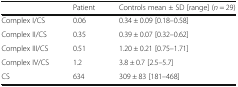
<table><thead><tr><td></td><td><b>Patient</b></td><td><b>Controls mean ± SD [range] (<i>n</i> = 29)</b></td></tr></thead><tbody><tr><td>Complex I/CS</td><td>0.06</td><td>0.34 ± 0.09 [0.18–0.58]</td></tr><tr><td>Complex II/CS</td><td>0.35</td><td>0.39 ± 0.07 [0.32–0.62]</td></tr><tr><td>Complex III/CS</td><td>0.51</td><td>1.20 ± 0.21 [0.75–1.71]</td></tr><tr><td>Complex IV/CS</td><td>1.2</td><td>3.8 ± 0.7 [2.5–5.7]</td></tr><tr><td>CS</td><td>634</td><td>309 ± 83 [181–468]</td></tr></tbody></table>